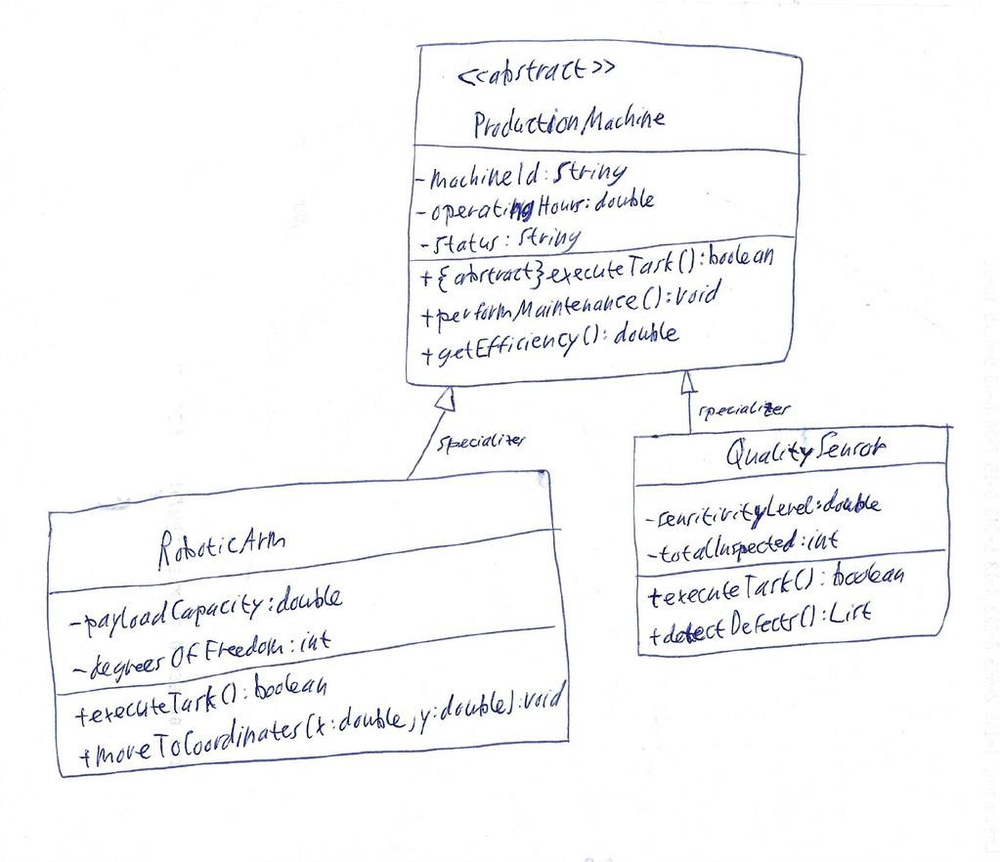
Diagram type: class_diagram
```plantuml
@startuml

abstract class ProductionMachine {
    - machineId: String
    - operatingHours: double
    - status: String
    + {abstract} executeTask(): boolean
    + performMaintenance(): void
    + getEfficiency(): double
}

class RoboticArm {
    - payloadCapacity: double
    - degreesOfFreedom: int
    + executeTask(): boolean
    + moveToCoordinates(x: double, y: double): void
}

class QualitySensor {
    - sensitivityLevel: double
    - totalInspected: int
    + executeTask(): boolean
    + detectDefects(): List
}

ProductionMachine <|-- RoboticArm : specializes
ProductionMachine <|-- QualitySensor : specializes

@enduml
```